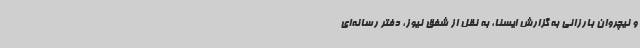
و نیچروان بارزانی به گزارش ایسنا، به نقل از شفق نیوز، دفتر رسانه‌ای